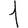
Digit: 1